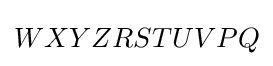
WXYZRSTUVPQ